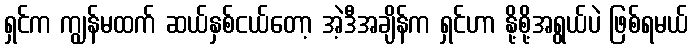
ရှင်က ကျွန်မထက် ဆယ်နှစ်ငယ်တော့ အဲ့ဒီအချိန်က ရှင်ဟာ နို့စို့အရွယ်ပဲ ဖြစ်ရမယ်